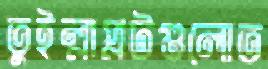
তুইল্লাপ্লটগুলোত